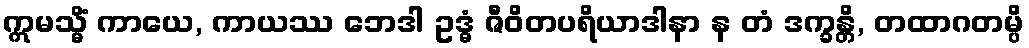
ဣမသ္မိံ ကာယေ, ကာယဿ ဘေဒါ ဥဒ္ဓံ ဇီဝိတပရိယာဒါနာ န တံ ဒက္ခန္တိ, တထာဂတမ္ပိ